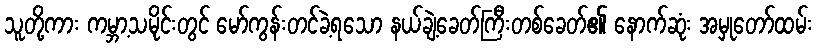
သူတို့ကား ကမ္ဘာ့သမိုင်းတွင် မော်ကွန်းတင်ခဲ့ရသော နယ်ချဲ့ခေတ်ကြီးတစ်ခေတ်၏ နောက်ဆုံး အမှုတော်ထမ်း